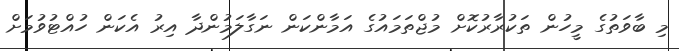
މި ބާވަތުގެ މީހުން ތަކުރާރުކޮށް މުޖްތަމައުގެ އަމާންކަން ނަގާލަމުންދާ އިރު އެކަން ހުއްޓުވުމަށް